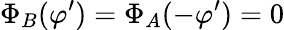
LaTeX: \Phi_{B}(\varphi^{\prime})=\Phi_{A}(-\varphi^{\prime})=0